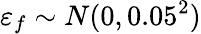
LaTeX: \varepsilon_{f}\sim N(0,0.05^{2})